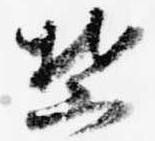
禁